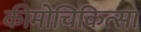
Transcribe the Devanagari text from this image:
कीमोचिकित्सा